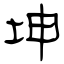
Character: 坤